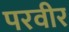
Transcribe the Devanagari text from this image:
परवीर